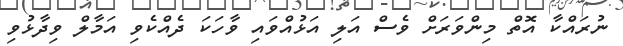
ނުރައްކާ އޮތް މިންވަރަށް ވެސް އަލި އަޅުއްވައި ވާހަކަ ދެއްކެވި އަމާލް ވިދާޅުވި